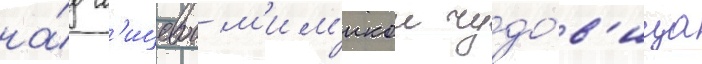
на́д л'ицевои м'им'икои чудо́в'ища